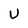
Character: U